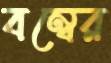
বম্বের